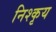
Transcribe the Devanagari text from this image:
निश्कृय